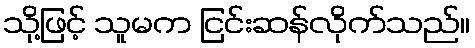
သို့ဖြင့် သူမက ငြင်းဆန်လိုက်သည်။